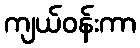
ကျယ်ဝန်းကာ